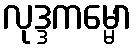
လုဒ္ဒကမ္မော